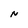
Character: N